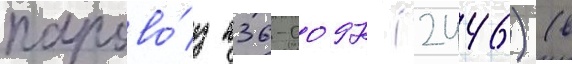
парово́з п36-0097 (2446) (в